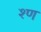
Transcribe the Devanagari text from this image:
श्ण